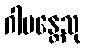
ဂါမန္တေသု